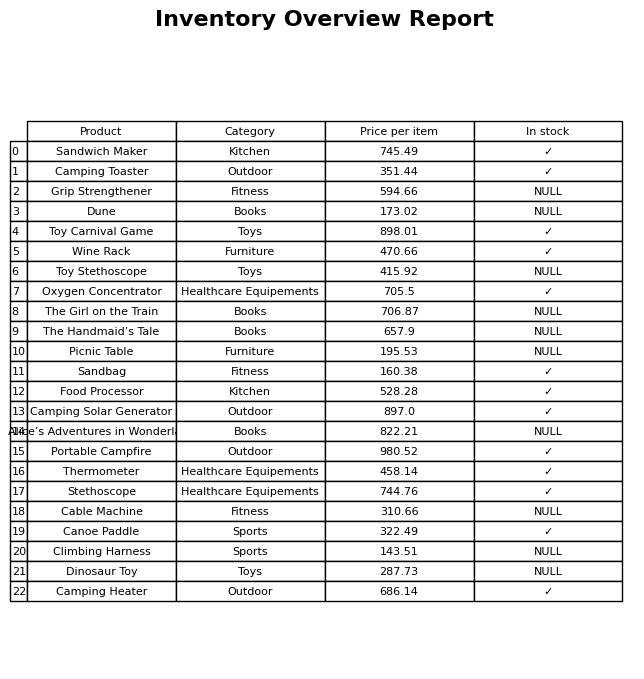
question: What is the price of the Alice’s Adventures in Wonderland?
answer: The price of Alice’s Adventures in Wonderland is 822.21.